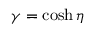
\gamma = \cosh \eta